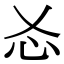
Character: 㣻